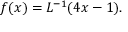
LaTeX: f ( x ) = L ^ { - 1 } ( 4 x - 1 ) .